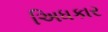
અિધકાર